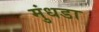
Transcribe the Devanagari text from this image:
मुंधडा